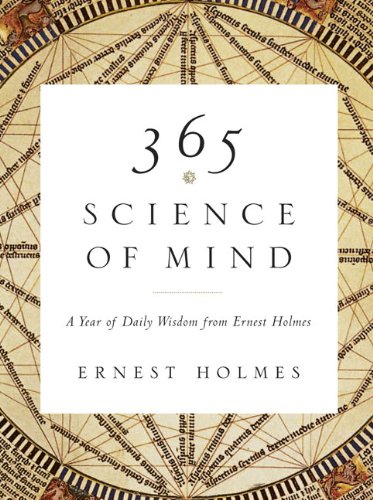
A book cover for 365 Science of Mind: A Year of Daily Wisdom from Ernest Holmes; Ernest Holmes; Politics & Social Sciences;